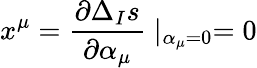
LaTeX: x^{\mu}=\frac{\partial\Delta_{I}s}{\partial\alpha_{\mu}}\mid_{\alpha_{\mu}=0}=0